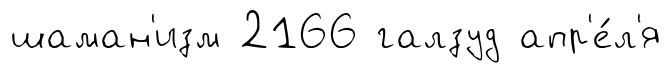
шаман'изм 2166 галзуд апр'е́л'я